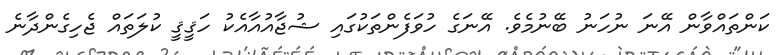
ކަންތައްވާން އޭނަ ނުހަނު ބޭނުމެވެ. އޭނަގެ ހުވަފެންތަކުގައި ޝުޖާއުއާއެކު ހަޤީޤީ ކުލަތައް ޖެހިގެންދާނެ